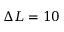
\Delta L = 1 0